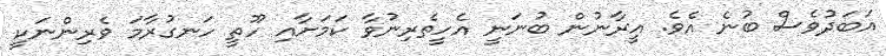
އަބަދުވެސް ބުނެ އެވެ. އީރާނުން ބުނަނީ އެހީތެރިނުވާ ކަމަށާއި ހޫތީ ހަނގުރާމަ ވެރިންނަކީ